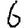
Digit: 6